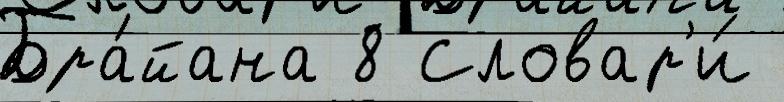
Бра́йана 8 Словар'и́